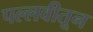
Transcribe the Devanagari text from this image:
पल्लवीतून